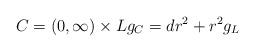
LaTeX: \begin{align*}C = (0, \infty) \times L g_C = dr^2 + r^2 g_L\end{align*}